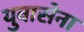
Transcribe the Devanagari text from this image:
युवासेना